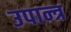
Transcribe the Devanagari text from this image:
उपान्त्र